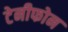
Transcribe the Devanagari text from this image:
टेनीफोन